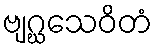
ဗျဂ္ဃသေဝိတံ